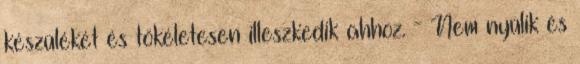
készülékét és tökéletesen illeszkedik ahhoz. - Nem nyúlik és